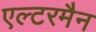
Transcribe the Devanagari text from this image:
एल्टरमैन